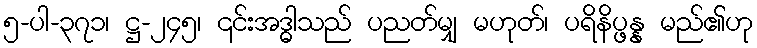
၅-ပါ-၃၇၁၊ ဋ္ဌ-၂၄၅၊ ၎င်းအဒ္ဓါသည် ပညတ်မျှ မဟုတ်၊ ပရိနိပ္ဖန္န မည်၏ဟု